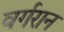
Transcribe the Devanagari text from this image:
वर्गरान